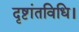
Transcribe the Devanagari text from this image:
दृष्टांतविधि।